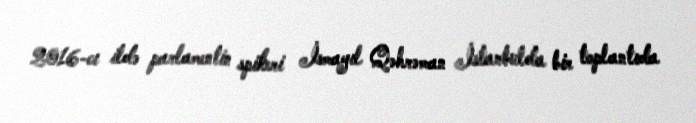
2016-cı ildə parlamentin spikeri İsmayıl Qəhrəman İstanbulda bir toplantıda